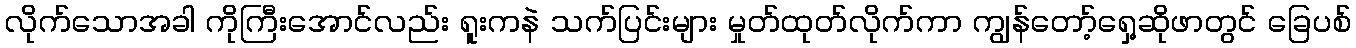
လိုက်သောအခါ ကိုကြီးအောင်လည်း ရူးကနဲ သက်ပြင်းများ မှုတ်ထုတ်လိုက်ကာ ကျွန်တော့်ရှေ့ဆိုဖာတွင် ခြေပစ်